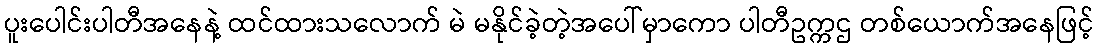
ပူးပေါင်းပါတီအနေနဲ့ ထင်ထားသလောက် မဲ မနိုင်ခဲ့တဲ့အပေါ်မှာကော ပါတီဥက္ကဌ တစ်ယောက်အနေဖြင့်